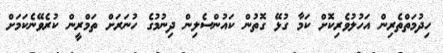
ހިދުމަތްތެރިން އަހުލުވެރިކޮށް ކަމާ ގުޅޭ ގޮތުން ކައުންސެލިން ދިނުމުގެ ހުނަރަށް ތަމްރީން ކުރެވޭނެކަމަށް